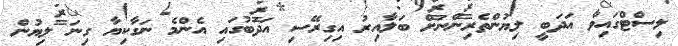
ލިސްޓްގައިވާ އަދަބީ ލިޔުންތެރިންނަށް ބަލާއިރު އިގިރޭސި އަދަބުގައި އެންމެ ނަގާކިޔާ ގިނަ ލިޔުން